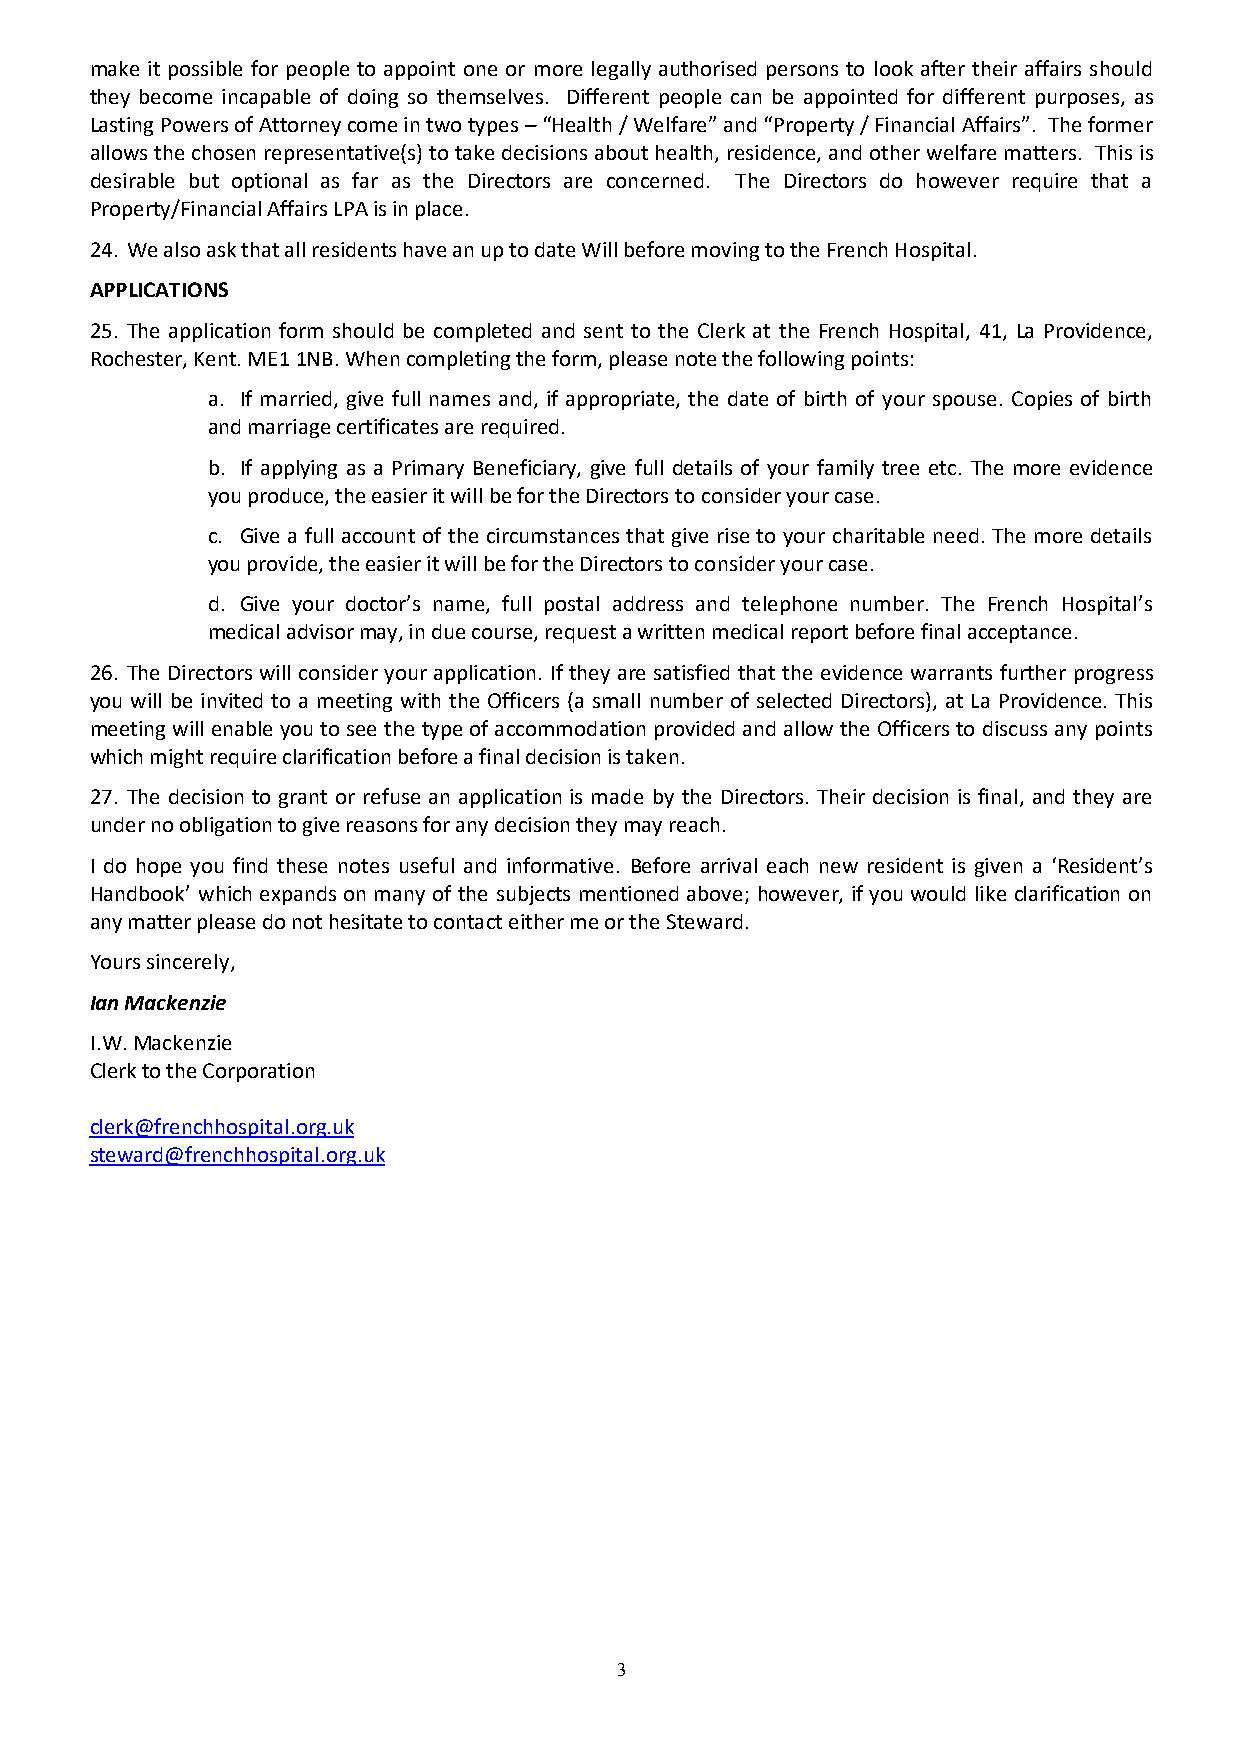
make it possible for people to appoint one or more legally authorised persons to look after their affairs should
 they become incapable of doing so themselves. Different people can be appointed for different purposes, as
 Lasting Powers of Attorney come in two types – “Health / Welfare” and “Property / Financial Affairs”. The former
 allows the chosen representative(s) to take decisions about health, residence, and other welfare matters. This is
 desirable but optional as far as the Directors are concerned. The Directors do however require that a
 Property/Financial Affairs LPA is in place.
 24. We also ask that all residents have an up to date Will before moving to the French Hospital.
 APPLICATIONS
 25. The application form should be completed and sent to the Clerk at the French Hospital, 41, La Providence,
 Rochester, Kent. ME1 1NB. When completing the form, please note the following points:
 a. If married, give full names and, if appropriate, the date of birth of your spouse. Copies of birth
 and marriage certificates are required.
 b. If applying as a Primary Beneficiary, give full details of your family tree etc. The more evidence
 you produce, the easier it will be for the Directors to consider your case.
 c. Give a full account of the circumstances that give rise to your charitable need. The more details
 you provide, the easier it will be for the Directors to consider your case.
 d. Give your doctor’s name, full postal address and telephone number. The French Hospital’s
 medical advisor may, in due course, request a written medical report before final acceptance.
 26. The Directors will consider your application. If they are satisfied that the evidence warrants further progress
 you will be invited to a meeting with the Officers (a small number of selected Directors), at La Providence. This
 meeting will enable you to see the type of accommodation provided and allow the Officers to discuss any points
 which might require clarification before a final decision is taken.
 27. The decision to grant or refuse an application is made by the Directors. Their decision is final, and they are
 under no obligation to give reasons for any decision they may reach.
 I do hope you find these notes useful and informative. Before arrival each new resident is given a ‘Resident’s
 Handbook’ which expands on many of the subjects mentioned above; however, if you would like clarification on
 any matter please do not hesitate to contact either me or the Steward.
 Yours sincerely,
 Ian Mackenzie
 I.W. Mackenzie
 Clerk to the Corporation
 clerk@frenchhospital.org.uk
 steward@frenchhospital.org.uk
 3